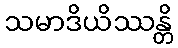
သမာဒိယိဿန္တိ